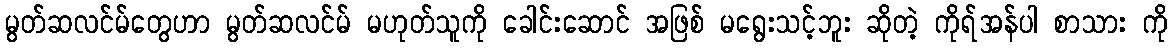
မွတ်ဆလင်မ်တွေဟာ မွတ်ဆလင်မ် မဟုတ်သူကို ခေါင်းဆောင် အဖြစ် မရွေးသင့်ဘူး ဆိုတဲ့ ကိုရ်အန်ပါ စာသား ကို